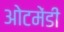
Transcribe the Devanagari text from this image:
ओटमेंडी